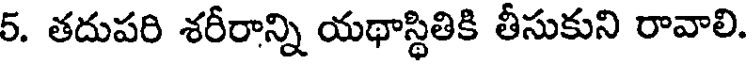
5. తదుపరి శరీరాన్ని యథాస్థితికి తీసుకుని రావాలి.